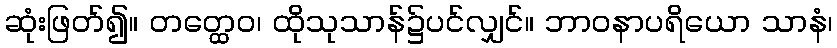
ဆုံးဖြတ်၍။ တတ္ထေဝ၊ ထိုသုသာန်၌ပင်လျှင်။ ဘာဝနာပရိယော သာနံ၊